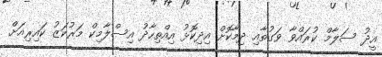
އީދު ސަލާމް ކުރައްވާ ވަގުތާއި ދިމާކޮށް އިދިކޮޅު އިއްތިހާދު އިސްލާމިކް މަރުކަޒު ކައިރިއަށް